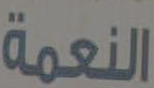
النعمة